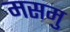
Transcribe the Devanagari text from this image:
मसमु